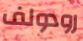
رودولف